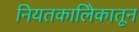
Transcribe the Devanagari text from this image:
नियतकालिेकातून